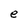
Character: e